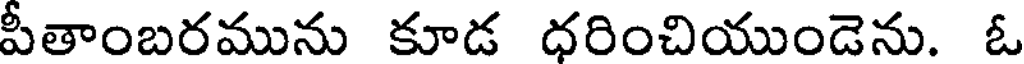
పీతాంబరమును కూడ ధరించియుండెను. ఓ